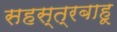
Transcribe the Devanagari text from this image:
सहस्त्रबाहू